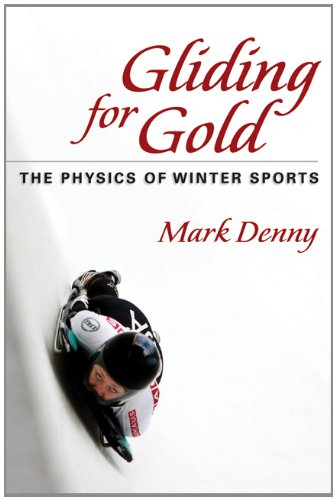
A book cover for Gliding for Gold: The Physics of Winter Sports; Mark Denny; Science & Math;